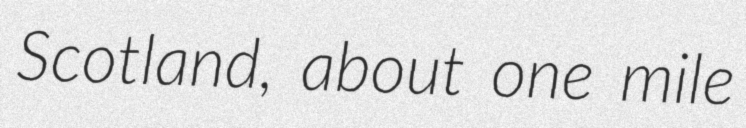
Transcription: Scotland, about one mile